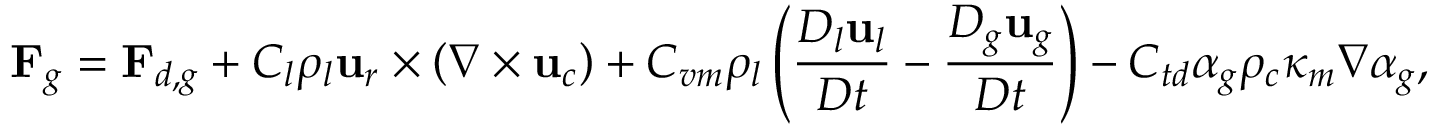
\mathbf { F } _ { g } = \mathbf { F } _ { d , g } + C _ { l } \rho _ { l } \mathbf { u } _ { r } \times \left( \nabla \times \mathbf { u } _ { c } \right) + C _ { v m } \rho _ { l } \left( \frac { D _ { l } \mathbf { u } _ { l } } { D t } - \frac { D _ { g } \mathbf { u } _ { g } } { D t } \right) - C _ { t d } \alpha _ { g } \rho _ { c } \kappa _ { m } \nabla \alpha _ { g } ,